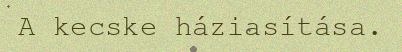
A kecske háziasítása.